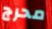
محرج